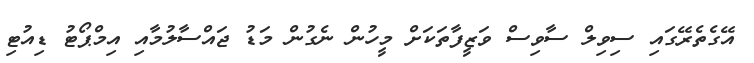
އޭގެތެރޭގައި ސިވިލް ސާވިސް ވަޒީފާތަކަށް މީހުން ނެގުން މަޑު ޖައްސާލުމާއި އިމްޕޯޓު ޑިއުޓި